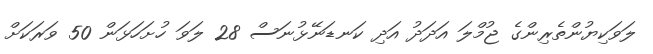
ލަވަކިޔުންތެރިންގެ ޖުމްލަ އަދަދު އަދި ކަނޑަނޭޅުނަސް 28 ލަވަ ހުށަހަޅަން 50 ވަރަކަށް